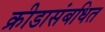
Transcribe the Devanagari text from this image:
क्रीडासंबधित